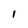
Character: I